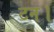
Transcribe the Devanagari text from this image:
टन।